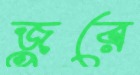
জুরে